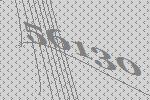
56130